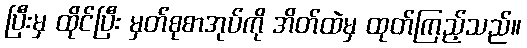
ပြီးမှ ထိုင်ပြီး မှတ်စုစာအုပ်ကို အိတ်ထဲမှ ထုတ်ကြည့်သည်။